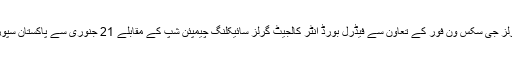
2014ء) فیڈرل بورڈ آف انٹرمیڈیٹ اینڈ سیکنڈری ایجوکیشن کے زیراہتمام اور اسلام آباد ماڈل کالج فار گرلز جی سکس ون فور کے تعاون سے فیڈرل بورڈ انٹر کالجیٹ گرلز سائیکلنگ چیمپئن شپ کے مقابلے 21 جنوری سے پاکستان سپورٹس کمپلیکس میں شروع ہونگے جس میں فیڈرل بورڈ سے منسلک خواتین کالجز کی ٹیمیں حصہ لیں گی۔